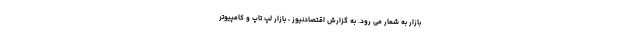
بازار به شمار می رود. به گزارش اقتصادنیوز ، بازار لپ تاپ و کامپیوتر